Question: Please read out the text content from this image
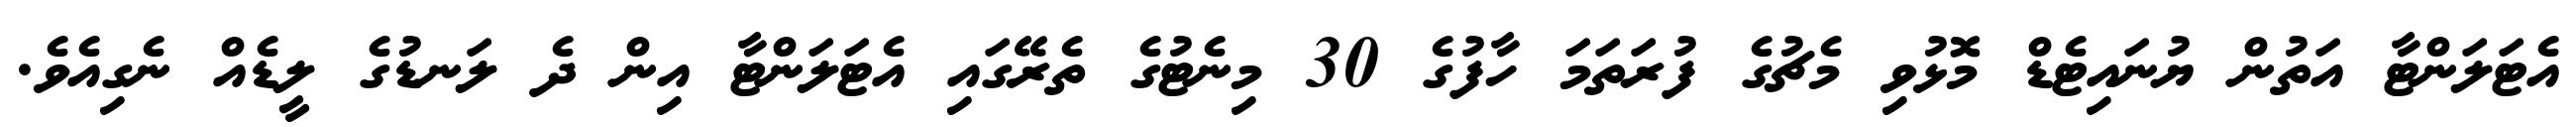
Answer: އެޓަލަންޓާ އަތުން ޔުނައިޓެޑް މޮޅުވި މެޗުގެ ފުރަތަމަ ހާފުގެ 30 މިނެޓުގެ ތެރޭގައި އެޓަލަންޓާ އިން ދެ ލަނޑުގެ ލީޑެއް ނެގިއެވެ.